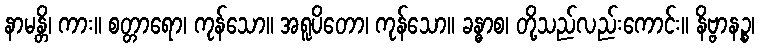
နာမန္တိ၊ ကား။ စတ္တာရော၊ ကုန်သော။ အရူပိတော၊ ကုန်သော။ ခန္ဓာစ၊ တို့သည်လည်းကောင်း။ နိဗ္ဗာနဉ္စ၊